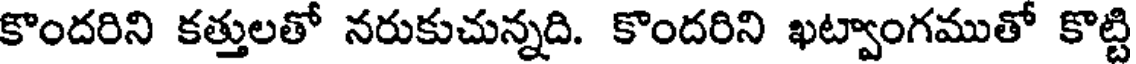
కొందరిని కత్తులతో నరుకుచున్నది. కొందరిని ఖట్వాంగముతో కొట్టి